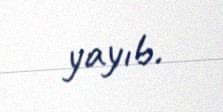
yayıb.